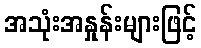
အသုံးအနှုန်းများဖြင့်